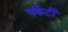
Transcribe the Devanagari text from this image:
पर्कटी